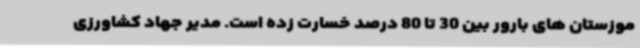
موزستان های بارور بین 30 تا 80 درصد خسارت زده است. مدیر جهاد کشاورزی